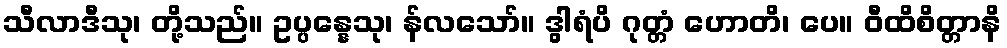
သီလာဒီသု၊ တို့သည်။ ဥပ္ပန္နေသု၊ န်လသော်။ ဒွါရံပိ ဂုတ္တံ ဟောတိ၊ ပေ။ ဝီထိစိတ္တာနိ